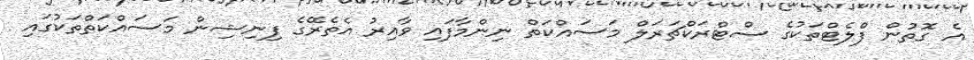
އެ ގޮތުން ފްލެޓްތަކުގެ ސްޓްރަކްޗަރަލް މަސައްކަތް ނިންމާފައި ވާއިރު އެތެރޭގެ ފިނިޝިން މަސައްކަތްތަކުގައި